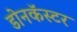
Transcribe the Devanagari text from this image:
डोनकॅस्टर